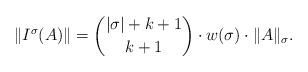
LaTeX: \begin{align*}\|I^\sigma(A)\| = {|\sigma| + k+1 \choose k+1} \cdot w(\sigma) \cdot \|A\|_\sigma.\end{align*}